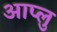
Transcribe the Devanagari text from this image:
आप्लु